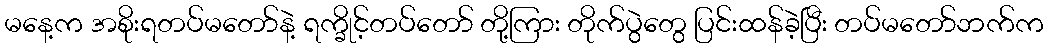
မနေ့က အစိုးရတပ်မတော်နဲ့ ရက္ခိုင့်တပ်တော် တို့ကြား တိုက်ပွဲတွေ ပြင်းထန်ခဲ့ပြီး တပ်မတော်ဘက်က